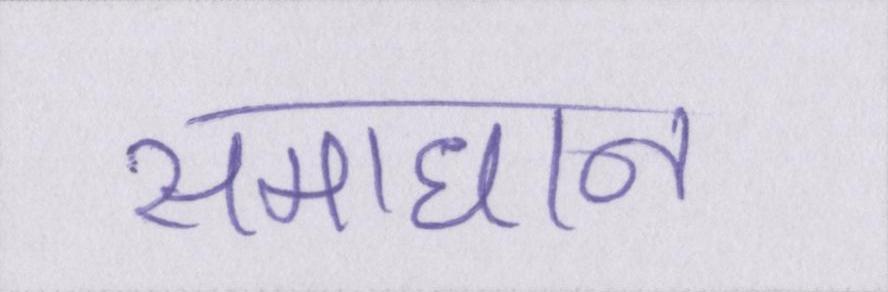
समाधान